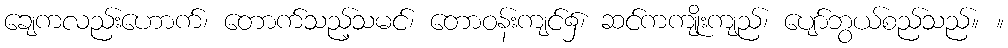
ချေကလည်းဟောက်၊ တောက်သည့်သမင်၊ တောဝန်းကျင်၌၊ ဆင်ကကျိုးကျည်၊ ပျော်ဘွယ်စည်သည်။ ။